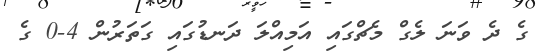
ގެ ދެ ވަނަ ލެގް މެޗްގައި އަމިއްލަ ދަނޑުގައި ގަތަރުން 4-0 ގެ